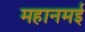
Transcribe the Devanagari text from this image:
महानमई